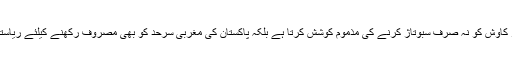
پڑوسی ملک بھارت کو پاکستان کی اس ضرورت کا بخوبی ادراک ہے، جبھی وہ افغانستان میں قیام امن کی ہر کاوش کو نہ صرف سبوتاژ کرنے کی مذموم کوشش کرتا ہے بلکہ پاکستان کی مغربی سرحد کو بھی مصروف رکھنے کیلئے ریاستی و غیر ریاستی عناصر کے ذریعے وطن عزیز میں اندرونی مداخلت کا کوئی موقع ہاتھ سے جانے نہیں دیتا۔